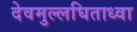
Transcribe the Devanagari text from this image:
देवमुल्लघिताध्वा